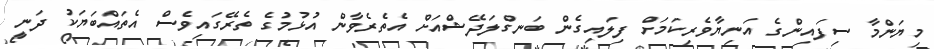
މިޔަންމާ ސިފައިންގެ އަނިޔާވެރިކަމަށް ފިލައިގެން ބަނގްލަދޭޝްއަށް އެތެރެވާން އުޅުމުގެ ތެރޭގައިވެސް އެތައްބަޔަކު ދަނީ